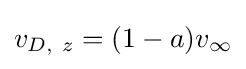
v_{D,~z}=(1-a)v_{\infty }